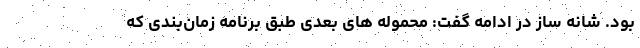
بود. شانه ساز در ادامه گفت: محموله های بعدی طبق برنامه زمان‌بندی که